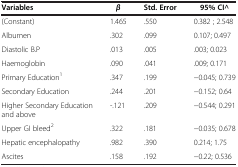
<table><thead><tr><td><b>Variables</b></td><td><b><i>β</i></b></td><td><b>Std. Error</b></td><td><b>95% CIˆ</b></td></tr></thead><tbody><tr><td>(Constant)</td><td>1.465</td><td>.550</td><td>0.382 ; 2.548</td></tr><tr><td>Albumen</td><td>.302</td><td>.099</td><td>0.107; 0.497</td></tr><tr><td>Diastolic B.P</td><td>.013</td><td>.005</td><td>.003; 0.023</td></tr><tr><td>Haemoglobin</td><td>.090</td><td>.041</td><td>.009; 0.171</td></tr><tr><td>Primary Education<sup>1</sup></td><td>.347</td><td>.199</td><td>−0.045; 0.739</td></tr><tr><td>Secondary Education</td><td>.244</td><td>.201</td><td>−0.152; 0.64</td></tr><tr><td>Higher Secondary Education and above</td><td>-.121</td><td>.209</td><td>−0.544; 0.291</td></tr><tr><td>Upper GI bleed<sup>2</sup></td><td>.322</td><td>.181</td><td>−0.035; 0.678</td></tr><tr><td>Hepatic encephalopathy</td><td>.982</td><td>.390</td><td>0.214; 1.75</td></tr><tr><td>Ascites</td><td>.158</td><td>.192</td><td>−0.22; 0.536</td></tr></tbody></table>